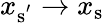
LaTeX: x_{\mathrm{{s}^{'}}}\to x_{\mathrm{{s}}}